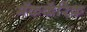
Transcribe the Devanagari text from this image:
मॅककॅरिक